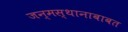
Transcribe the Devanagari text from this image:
जन्मस्थानाबाबत